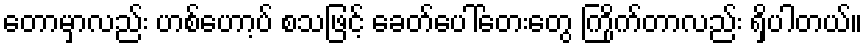
တောမှာလည်း ဟစ်ဟော့ပ် စသဖြင့် ခေတ်ပေါ်တေးတွေ ကြိုက်တာလည်း ရှိပါတယ်။